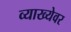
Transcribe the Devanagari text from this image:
व्याख्येवर